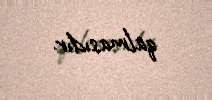
qalmasıdır.